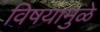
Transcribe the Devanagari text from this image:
विषयामुळे